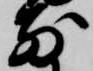
前